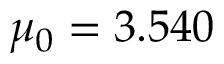
\mu _ { 0 } = 3 . 5 4 0